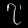
Digit: ၇